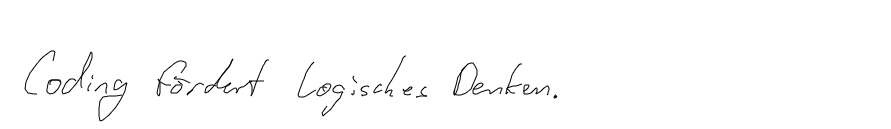
Coding fördert logisches Denken.